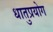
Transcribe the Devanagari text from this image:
धातुप्रयोग